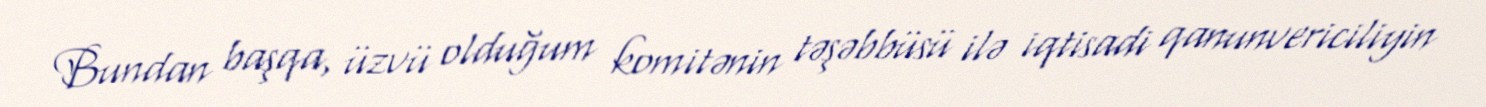
Bundan başqa, üzvü olduğum komitənin təşəbbüsü ilə iqtisadi qanunvericiliyin